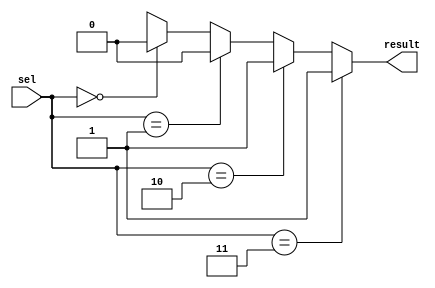
/* Generated by Yosys 0.43+11 (git sha1 49f547782, clang++ 14.0.0-1ubuntu1.1 -fPIC -Os) */
module simple_case_example(sel, result);
  wire _0_;
  wire _1_;
  wire _2_;
  wire _3_;
  output result;
  wire result;
  input [1:0] sel;
  wire [1:0] sel;
  function [0:0] _4_;
    input [0:0] a;
    input [3:0] b;
    input [3:0] s;
    casez (s)
      4'b???1:
        _4_ = b[0:0];
      4'b??1?:
        _4_ = b[1:1];
      4'b?1??:
        _4_ = b[2:2];
      4'b1???:
        _4_ = b[3:3];
      default:
        _4_ = a;
    endcase
  endfunction
  assign result = _4_(1'hx, 4'h3, { _3_, _2_, _1_, _0_ });
  assign _0_ = sel ==  2'h3;
  assign _1_ = sel ==  2'h2;
  assign _2_ = sel ==  2'h1;
  assign _3_ = !  sel;
endmodule